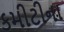
કમીટીના